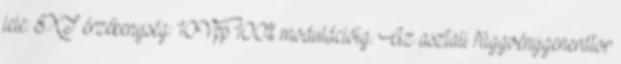
jele: EXT érzékenység: 10Vpp 100% modulációig. Az asztali függvénygenerátor